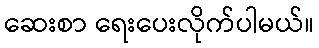
ဆေးစာ ရေးပေးလိုက်ပါမယ်။